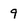
Character: 9